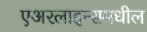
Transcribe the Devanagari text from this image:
एअरलाइन्समधील